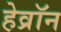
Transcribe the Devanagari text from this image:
हेव्रॉन